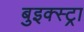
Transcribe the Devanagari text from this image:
बुइक्स्ट्रा